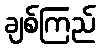
ချစ်ကြည်